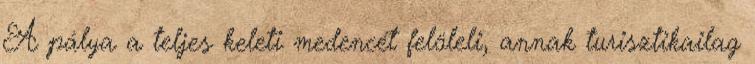
A pálya a teljes keleti medencét felöleli, annak turisztikailag